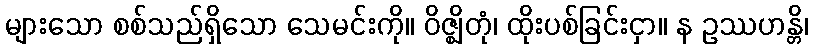
များသော စစ်သည်ရှိသော သေမင်းကို။ ဝိဇ္ဈိတုံ၊ ထိုးပစ်ခြင်းငှာ။ န ဥဿဟန္တိ၊